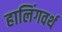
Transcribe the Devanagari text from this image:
हालिंगवर्थ